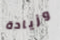
وزيادة